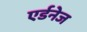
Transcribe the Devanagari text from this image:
एर्डनेज